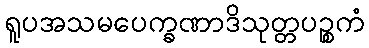
ရူပအသမပေက္ခဏာဒိသုတ္တပဉ္စကံ